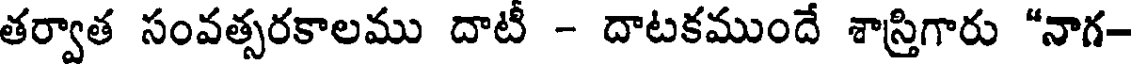
తర్వాత సంవత్సరకాలము దాటీ - దాటకముందే శాస్తిగారు "నాగ-